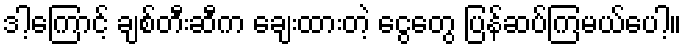
ဒါ့ကြောင့် ချစ်တီးဆီက ချေးထားတဲ့ ငွေတွေ ပြန်ဆပ်ကြမယ်ပေါ့။